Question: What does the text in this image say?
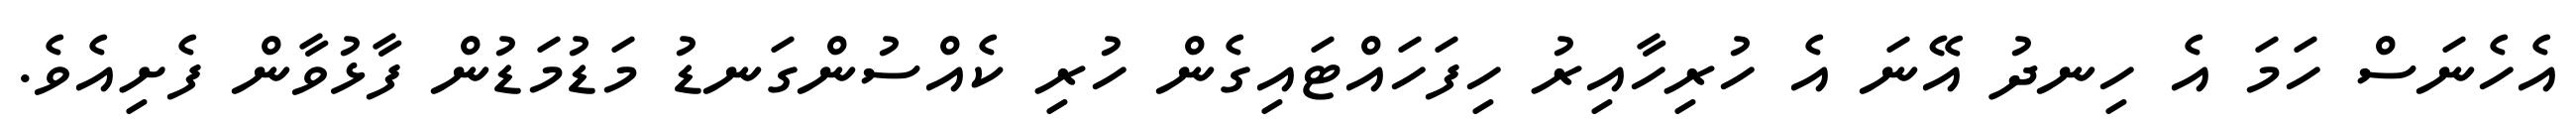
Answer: އެހެނަސް ހަމަ އެ ހިނދު އޭނަ އެ ހުރިހާއިރު ހިފަހައްޓައިގެން ހުރި ކެއްސުންގަނޑު މަޑުމަޑުން ފާޅުވާން ފެށިއެވެ.